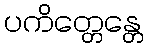
ပကိတ္တေန္တေ